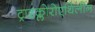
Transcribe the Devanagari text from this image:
ट्राइक्लोरोएथिलीन